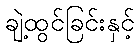
ချဲ့ထွင်ခြင်းနှင့်